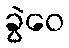
ခွဲဝေ